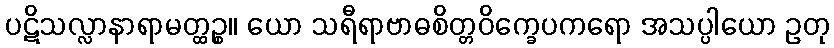
ပဋိသလ္လာနာရာမတ္ထဉ္စ။ ယော သရီရာဗာဓစိတ္တဝိက္ခေပကရော အသပ္ပါယော ဥတု